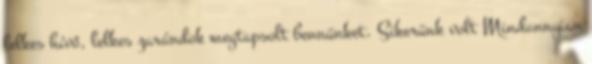
lelkes hívő, lelkes zarándok megtapsolt bennünket. Sikerünk volt Mindannyian